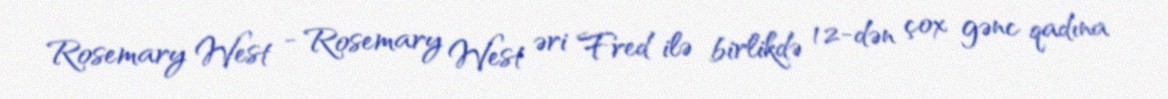
Rosemary West - Rosemary West əri Fred ilə birlikdə 12-dən çox gənc qadına